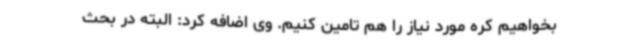
بخواهیم کره مورد نیاز را هم تامین کنیم. وی اضافه کرد: البته در بحث